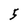
Character: 5